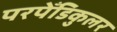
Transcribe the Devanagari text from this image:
परपेँडिकुलर